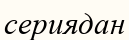
сериядан